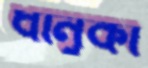
ধানুকা